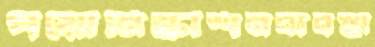
পয়োনিষ্কাশনব্যবস্থা